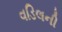
વડિલની